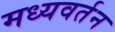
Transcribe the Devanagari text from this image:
मध्यवर्तन